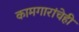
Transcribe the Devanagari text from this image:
कामगारांचेही